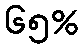
၆၅%